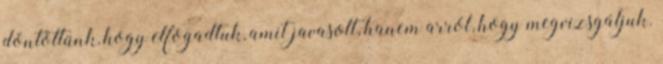
döntöttünk, hogy elfogadtuk, amit javasolt, hanem arról, hogy megvizsgáljuk.